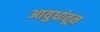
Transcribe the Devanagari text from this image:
आयुधांतून